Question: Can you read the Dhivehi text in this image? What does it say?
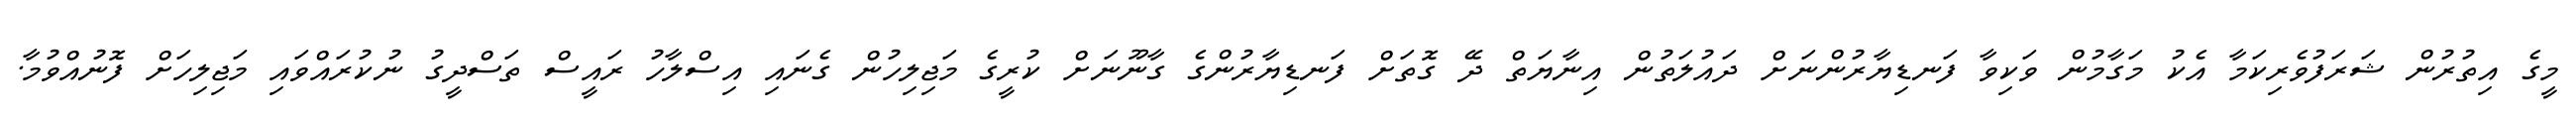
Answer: މީގެ އިތުރުން ޝަރަފުވެރިކަމާ އެކު މަގާމުން ވަކިވާ ފަނޑިޔާރުންނަށް ދައުލަތުން އިނާޔަތް ދޭ ގޮތަށް ފަނޑިޔާރުންގެ ގާނޫނަށް ކުރީގެ މަޖިލިހުން ގެނައި އިސްލާހު ރައީސް ތަސްދީގު ނުކުރައްވައި މަޖިލިހަށް ފޮނުއްވުމާ.